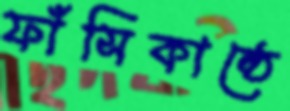
ফাঁসিকাষ্ঠে